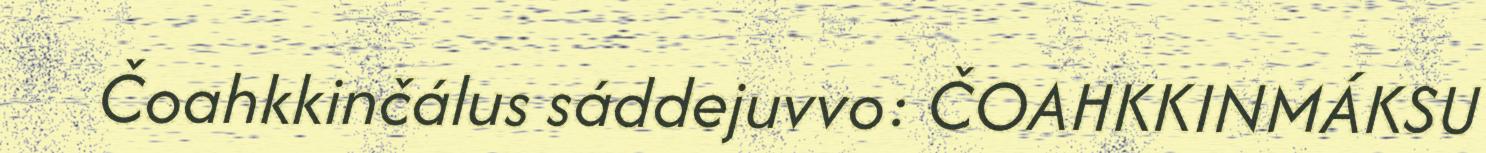
Čoahkkinčálus sáddejuvvo: ČOAHKKINMÁKSU